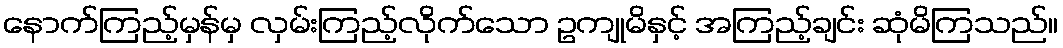
နောက်ကြည့်မှန်မှ လှမ်းကြည့်လိုက်သော ဥကျုမိနှင့် အကြည့်ချင်း ဆုံမိကြသည်။